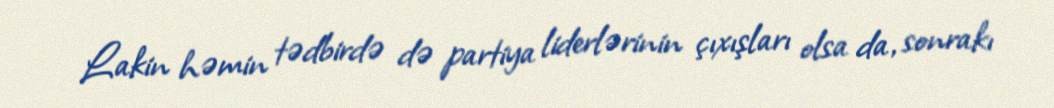
Lakin həmin tədbirdə də partiya liderlərinin çıxışları olsa da, sonrakı